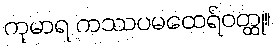
ကုမာရ ကဿပမထေရ်ဝတ္ထု။